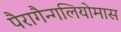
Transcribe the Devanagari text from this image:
पैरागैन्गलियोमास